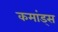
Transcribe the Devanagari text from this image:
कमांड्‌स